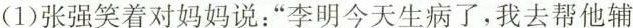
(1)张强笑着对妈妈说：”李明今天生病了，我去帮他辅